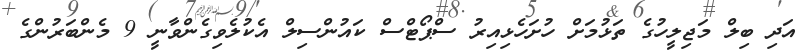
އަދި ބިލް މަޖިލީހުގެ ތަޅުމަށް ހުށަހެޅިއިރު ސްޕޯޓްސް ކައުންސިލް އެކުލެވިގެންވާނީ 9 މެންބަރުންގެ